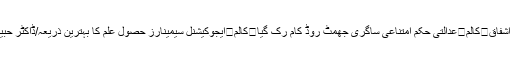
عاطف علی ادریسی	کالم	کلر سیداں کی سیاسی صورتحال /چوہدری محمد اشفاق	کالم	عدالتی حکم امتناعی ساگری جھمٹ روڈ کام رک گیا	کالم	ایجوکیشنل سیمینارز حصول علم کا بہترین ذریعہ/ڈاکٹر حبیبہ حمیرا کالم	کلرسیداں یوتھ کونسل کا بے وقت مطالبہ کیا رنگ لائے گا؟